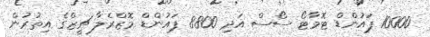
10000 ޕައުންޑް ޓޮމާޓޯ ސޯސް އަދި 8800 ޕައުންޑް މޮޒްރެލާ ޗީޒްގެ އިތުރުން